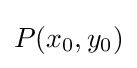
P(x_{0},y_{0})